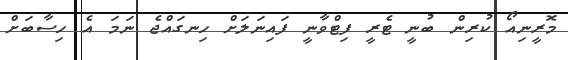
މޮރީނިއޯ ކުރިން ބުނީ ޓެރީ ފިޓްވާނީ ފައިނަލަށް ހިނގައްޖެ ނަމަ އެ ހިސާބަށް